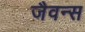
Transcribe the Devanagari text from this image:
जैवन्स